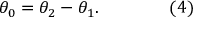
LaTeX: \theta _ { 0 } = \theta _ { 2 } - \theta _ { 1 } . \qquad \qquad ( 4 )